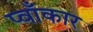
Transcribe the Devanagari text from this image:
प्वाँकार